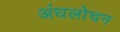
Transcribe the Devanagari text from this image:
अंधलोचन